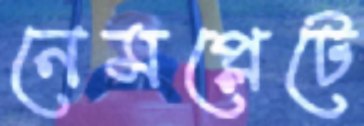
নেমপ্লেটে